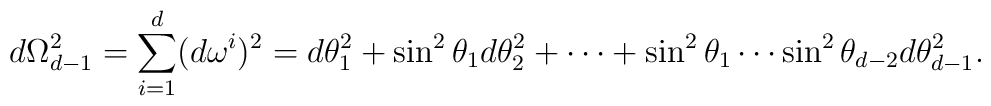
d \Omega_{d-1}^2 = \sum_{i=1}^d (d\omega^i)^2= d \theta_1^2 + \sin^2 \theta_1 d \theta_2^2 + \cdots +\sin^2 \theta_1 \cdots \sin^2 \theta_{d-2}  d \theta_{d-1}^2.